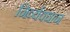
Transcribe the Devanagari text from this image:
निर्व्यवधान